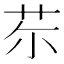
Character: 𦬼